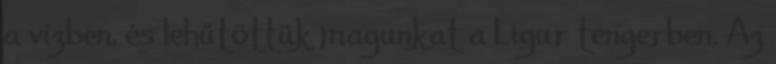
a vízben, és lehűtöttük magunkat a Ligur tengerben. Az